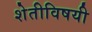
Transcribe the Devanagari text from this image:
शेतीविषयी